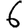
Digit: 6